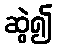
ဆွဲ၍